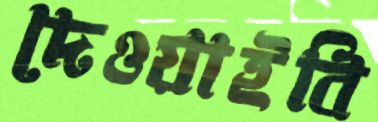
দেওয়াইবি